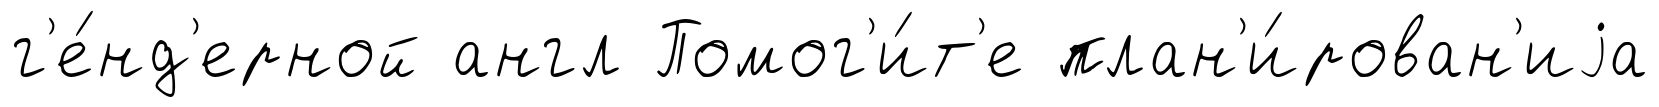
г'е́нд'ерной англ Помог'и́т'е план'и́рован'иjа